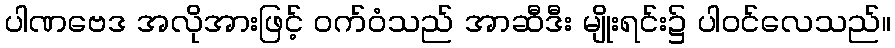
ပါဏဗေဒ အလိုအားဖြင့် ဝက်ဝံသည် အာဆီဒီး မျိုးရင်း၌ ပါဝင်လေသည်။